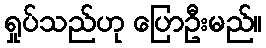
ရှုပ်သည်ဟု ပြောဦးမည်။